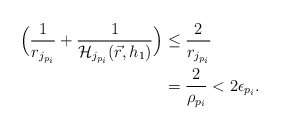
\begin{align*}\Big( \frac{1}{r_{j_{p_i}}} + \frac{1}{\mathcal{H}_{j_{p_i}}(\vec{r},h_1)} \Big) &\leq \frac{2}{r_{j_{p_i}}} \\ &= \frac{2}{\rho_{p_i}} < 2\epsilon_{p_i} . \end{align*}